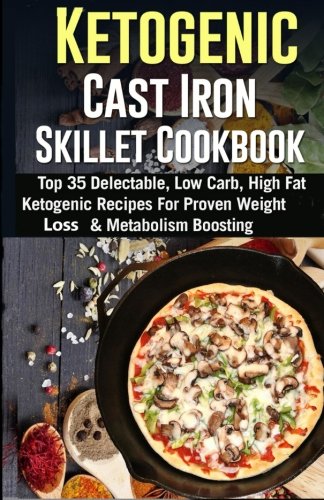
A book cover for Ketogenic Cast Iron Skillet Cookbook: Top 35 Delectable, Low Carb, High Fat Ketogenic Recipes For Proven Weight Loss & Metabolism Boosting; Jeanne K. Johnson; Cookbooks, Food & Wine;